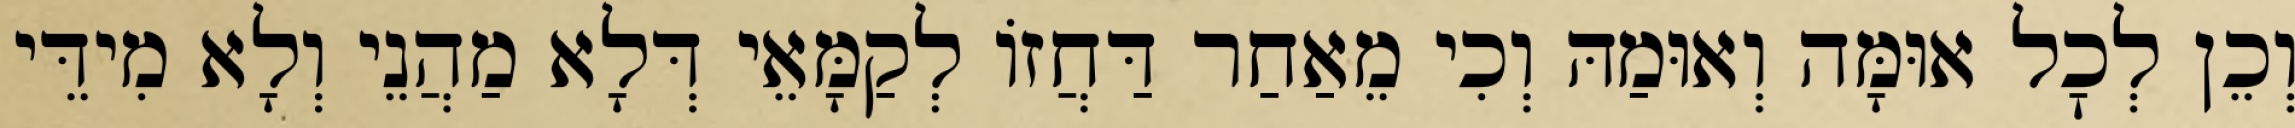
וְכֵן לְכׇל אוּמָּה וְאוּמַהּ וְכִי מֵאַחַר דַּחֲזוֹ לְקַמָּאֵי דְּלָא מַהֲנֵי וְלָא מִידֵּי